Vaccination North-Western Provinces 1866-1877 - 1866-1877
Year: 1866
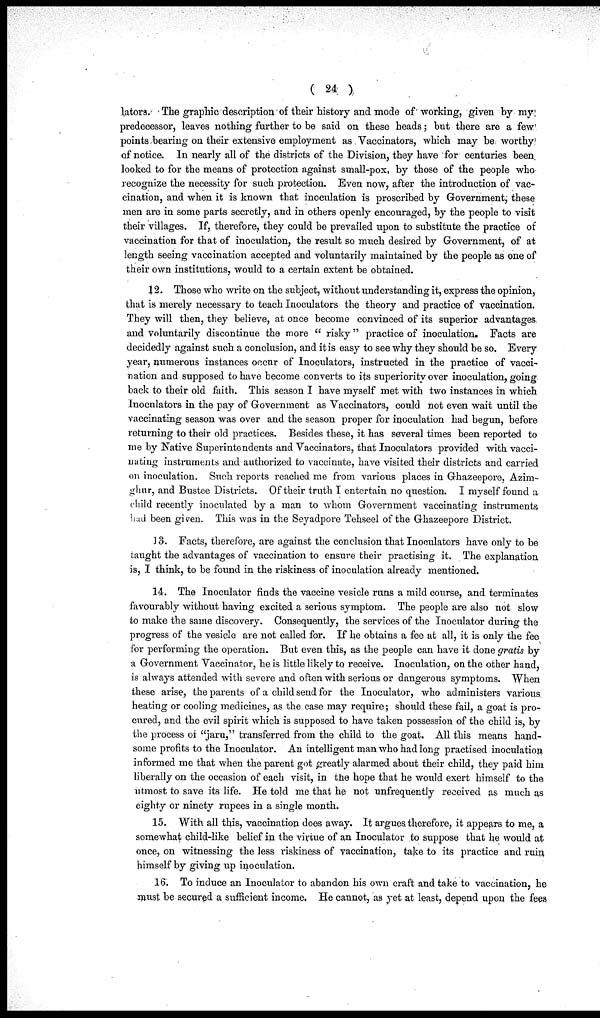
( 24 )
lators. The graphic description of their history and mode of working, given by my
predecessor, leaves nothing further to be said on these heads; but there are a few
points bearing on their extensive employment as Vaccinators, which may be worthy
of notice. In nearly all of the districts of the Division, they have for centuries been
looked to for the means of protection against small-pox, by those of the people who
recognize the necessity for such protection. Even now, after the introduction of vac-
cination, and when it is known that inoculation is proscribed by Government, these
men are in some parts secretly, and in others openly encouraged, by the people to visit
their villages. If, therefore, they could be prevailed upon to substitute the practice of
vaccination for that of inoculation, the result so much desired by Government, of at
length seeing vaccination accepted and voluntarily maintained by the people as one of
their own institutions, would to a certain extent be obtained.
12. Those who write on the subject, without understanding it, express the opinion,
that is merely necessary to teach Inoculators the theory and practice of vaccination.
They will then, they believe, at once become convinced of its superior advantages
and voluntarily discontinue the more " risky" practice of inoculation. Facts are
decidedly against such a conclusion, and it is easy to see why they should be so. Every
year, numerous instances occur of Inoculators, instructed in the practice of vacci-
nation and supposed to have become converts to its superiority over inoculation, going
back to their old faith. This season I have myself met with two instances in which
Inoculators in the pay of Government as Vaccinators, could not even wait until the
vaccinating season was over and the season proper for inoculation had begun, before
returning to their old practices. Besides these, it has several times been reported to
me by Native Superintendents and Vaccinators, that Inoculators provided with vacci-
nating instruments and authorized to vaccinate, have visited their districts and carried
on inoculation. Such reports reached me from various places in Ghazeepore, Azim¬
ghur, and Bustee Districts. Of their truth I entertain no question. I myself found a
child recently inoculated by a man to whom Government vaccinating instruments
had been given. This was in the Seyadpore Tehseel of the Ghazeepore District.
13. Facts, therefore, are against the conclusion that Inoculators have only to be
taught the advantages of vaccination to ensure their practising it. The explanation
is, I think, to be found in the riskiness of inoculation already mentioned.
14. The Inoculator finds the vaccine vesicle runs a mild course, and terminates
favourably without having excited a serious symptom. The people are also not slow
to make the same discovery. Consequently, the services of the Inoculator during the
progress of the vesicle are not called for. If he obtains a fee at all, it is only the fee
for performing the operation. But even this, as the people can have it done gratis by
a Government Vaccinator, he is little likely to receive. Inoculation, on the other hand,
is always attended with severe and often with serious or dangerous symptoms. When
these arise, the parents of a child send for the Inoculator, who administers various
heating or cooling medicines, as the case may require; should these fail, a goat is pro-
cured, and the evil spirit which is supposed to have taken possession of the child is, by
the process of "jaru," transferred from the child to the goat. All this means hand-
some profits to the Inoculator. An intelligent man who had long practised inoculation
informed me that when the parent got greatly alarmed about their child, they paid him
liberally on the occasion of each visit, in the hope that he would exert himself to the
utmost to save its life. He told me that he not unfrequently received as much as
eighty or ninety rupees in a single month.
15. With all this, vaccination does away. It argues therefore, it appears to me, a
somewhat child-like belief in the virtue of an Inoculator to suppose that he would at
once, on witnessing the less riskiness of vaccination, take to its practice and ruin
himself by giving up inoculation.
16. To induce an Inoculator to abandon his own craft and take to vaccination, he
must be secured a sufficient income. He cannot, as yet at least, depend upon the fees